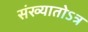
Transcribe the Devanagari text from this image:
संख्यातोऽत्र